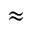
\approx